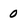
Character: 0